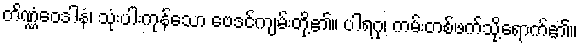
တိဏ္ဏံဝေဒါနံ၊ သုံးပါးကုန်သော ဗေဒင်ကျမ်းတို့၏။ ပါရဂု၊ ကမ်းတစ်ဖက်သို့ရောက်၏။